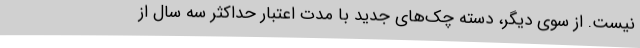
نیست. از سوی دیگر، دسته چک‌های جدید با مدت اعتبار حداکثر سه ‌سال از